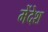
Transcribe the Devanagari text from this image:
मेंदेश